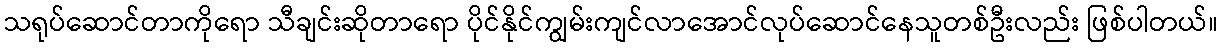
သရုပ်ဆောင်တာကိုရော သီချင်းဆိုတာရော ပိုင်နိုင်ကျွမ်းကျင်လာအောင်လုပ်ဆောင်နေသူတစ်ဦးလည်း ဖြစ်ပါတယ်။